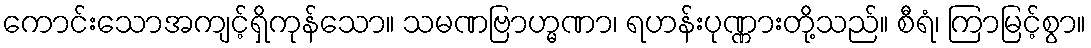
ကောင်းသောအကျင့်ရှိကုန်သော။ သမဏဗြာဟ္မဏာ၊ ရဟန်းပုဏ္ဏားတို့သည်။ စီရံ၊ ကြာမြင့်စွာ။